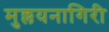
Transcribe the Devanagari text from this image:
मुल्लयनागिरी